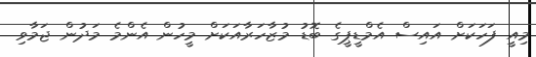
މިއީ ފަހަކަށް އައިސް އެމްޑީޕީގެ ބޮޑު މުޒާހަރާއަކަށް މީހުން އެންމެ މަދުން ޖަމާވި